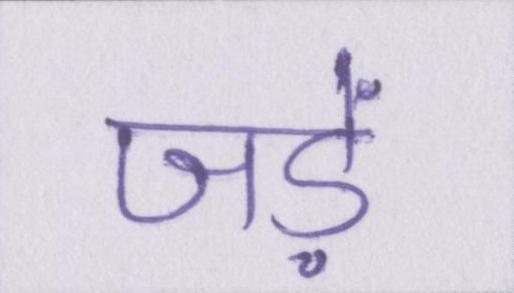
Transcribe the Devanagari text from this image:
जड़ें